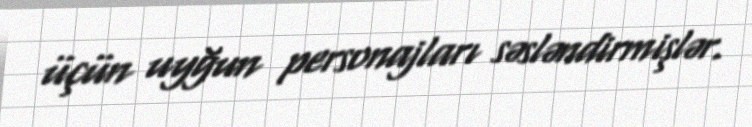
üçün uyğun personajları səsləndirmişlər.